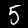
Digit: 5